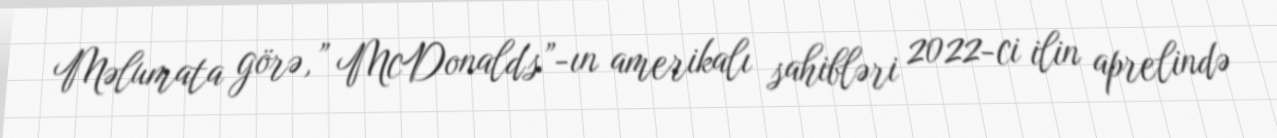
Məlumata görə,” McDonald's”-ın amerikalı sahibləri 2022-ci ilin aprelində